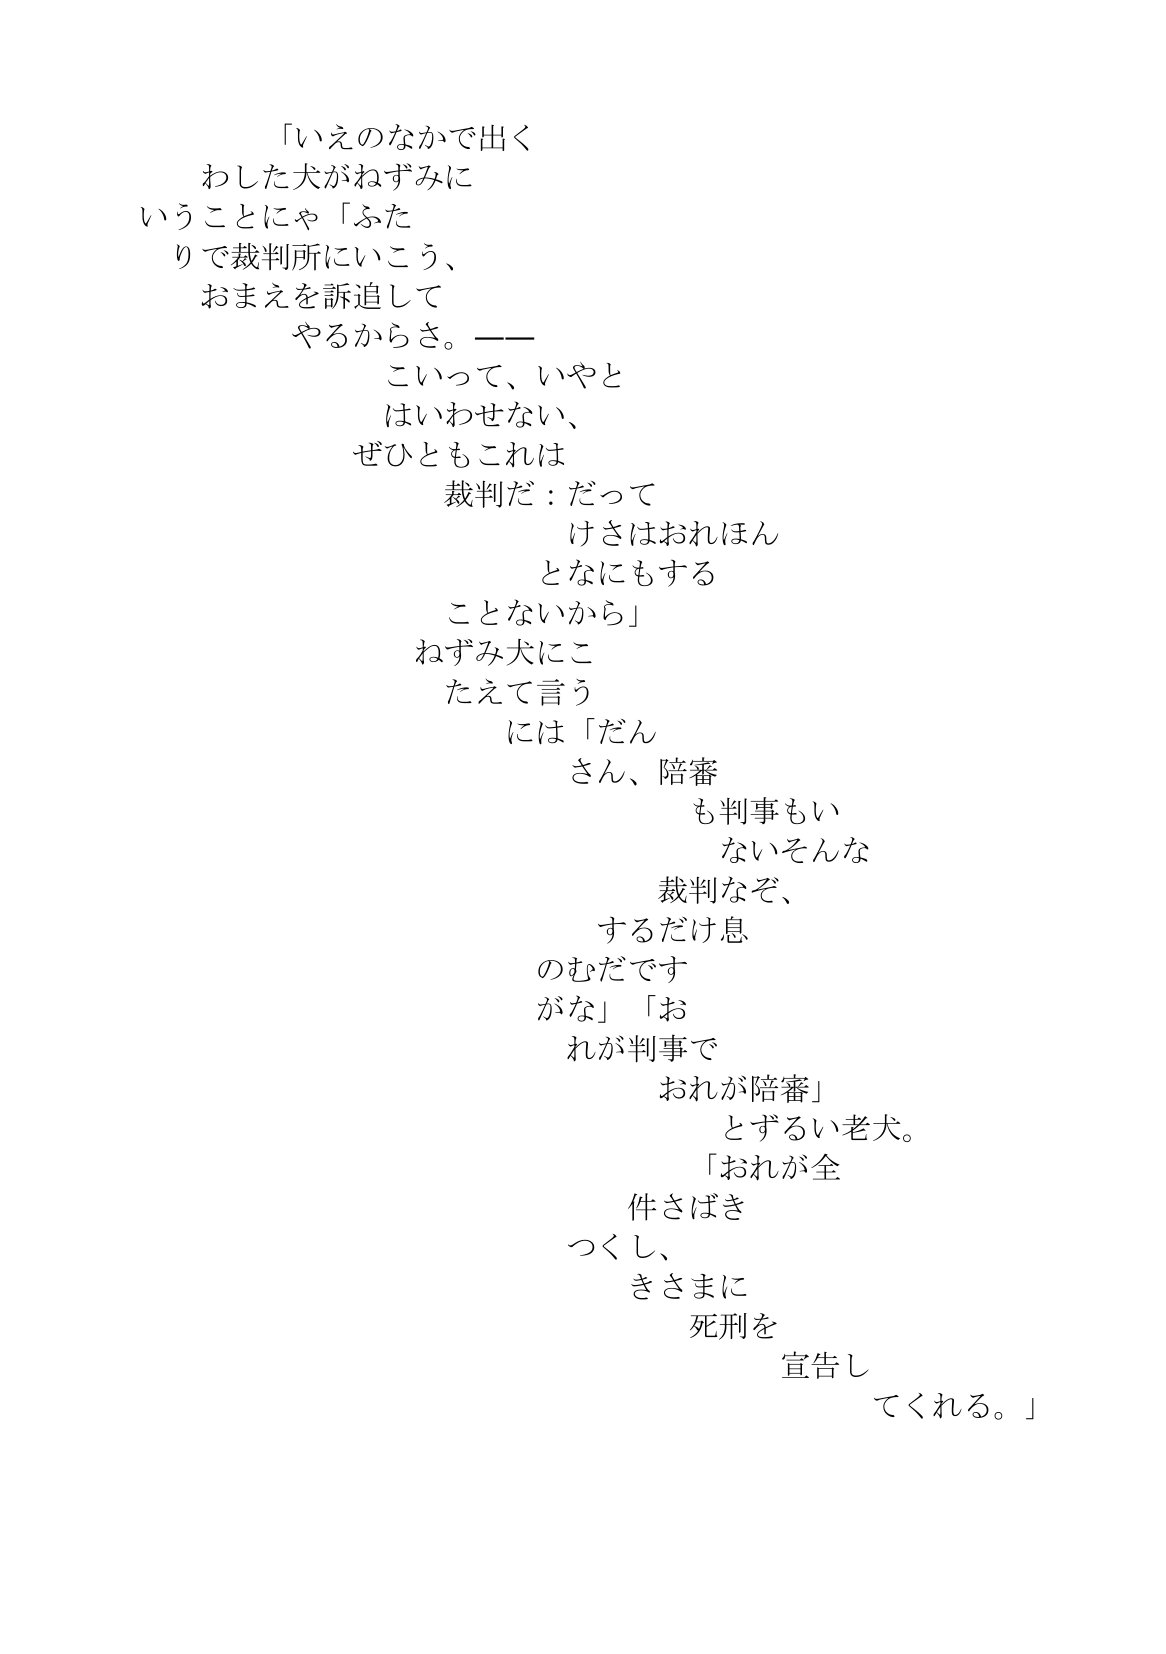
Language: ja